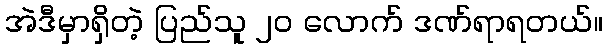
အဲဒီမှာရှိတဲ့ ပြည်သူ ၂၀ လောက် ဒဏ်ရာရတယ်။